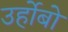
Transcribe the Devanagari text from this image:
उर्होबो